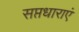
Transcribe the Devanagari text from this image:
सप्तधाराएं